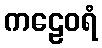
ကဠေဝရံ